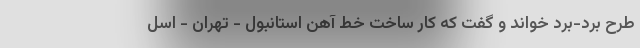
طرح برد-برد خواند و گفت که کار ساخت خط آهن استانبول - تهران - اسل